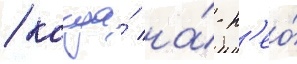
/ когда́ на́ н'ео́